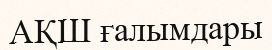
АҚШ ғалымдары